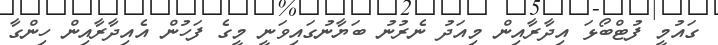
ގައުމީ ފުޓްބޯޅަ އިދާރާއިން މިއަދު ނެރުނު ބަޔާނުގައިވަނީ މީގެ ފަހުން އެއިދާރާއިން ހިންގާ